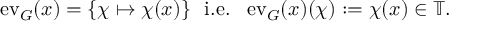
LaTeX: \operatorname { e v } _ { G } ( x ) = \{ \chi \mapsto \chi ( x ) \} \ { \mathrm { ~ i . e . ~ } } \ \operatorname { e v } _ { G } ( x ) ( \chi ) : = \chi ( x ) \in \mathbb { T } .